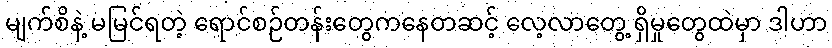
မျက်စိနဲ့ မမြင်ရတဲ့ ရောင်စဉ်တန်းတွေကနေတဆင့် လေ့လာတွေ့ ရှိမှုတွေထဲမှာ ဒါဟာ